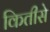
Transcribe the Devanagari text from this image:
कितीसे